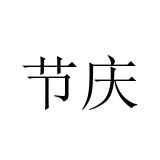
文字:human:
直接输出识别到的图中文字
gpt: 节庆